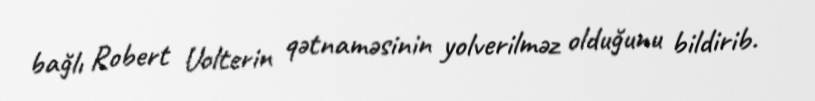
bağlı Robert Uolterin qətnaməsinin yolverilməz olduğunu bildirib.